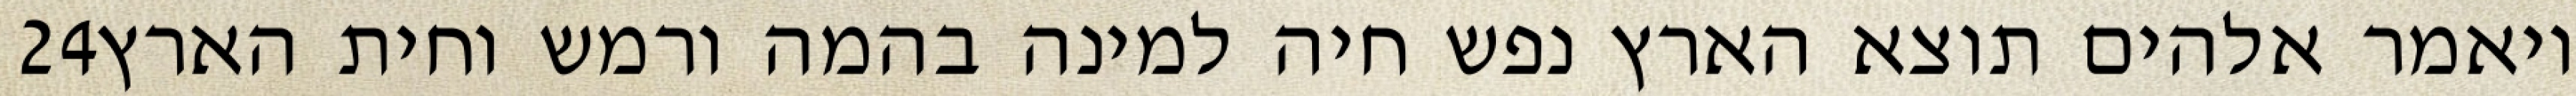
‎24‏ ויאמר אלהים תוצא הארץ נפש חיה למינה בהמה ורמש וחית הארץ